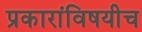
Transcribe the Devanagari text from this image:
प्रकारांविषयीच